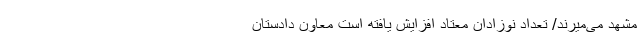
مشهد می‌میرند/ تعداد نوزادان معتاد افزایش یافته است معاون دادستان